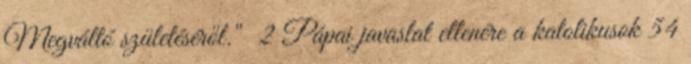
Megváltó születéséről." 2 Pápai javaslat ellenére a katolikusok 54